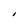
Character: I